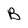
Character: b